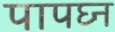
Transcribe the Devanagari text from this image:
पापघ्न